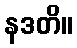
နဒတိ။